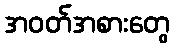
အဝတ်အစားတွေ